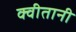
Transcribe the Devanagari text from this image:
क्वीतानी